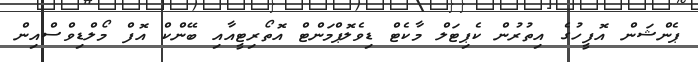
ޕެންޝަން އޮފީހުގެ އިތުރުން ކެޕިޓަލް މާކެޓް ޑިވެލޮޕްމަންޓް އޮތޯރިޓީއާއި ބޭންކް އޮފް މޯލްޑިވްސްއިން